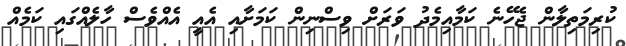
ކުރިމަތިލާން ޖެހޭނެ ކަމާއިމެދު ވަރަށް ވިސްނިން ކަމަށާއި އެއީ އެއްވެސް ހާލެއްގައި ކަމެއް